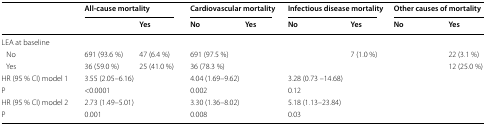
<table><thead><tr><td rowspan="2">[EMPTY_CELL]</td><td colspan="2"><b>All-cause mortality</b></td><td colspan="2"><b>Cardiovascular mortality</b></td><td colspan="2"><b>Infectious disease mortality</b></td><td colspan="2"><b>Other causes of mortality</b></td></tr><tr><td>[EMPTY_CELL]</td><td><b>Yes</b></td><td><b>No</b></td><td><b>Yes</b></td><td><b>No</b></td><td><b>Yes</b></td><td><b>No</b></td><td><b>Yes</b></td></tr></thead><tbody><tr><td colspan="9">LEA at baseline</td></tr><tr><td> No</td><td>691 (93.6 %)</td><td>47 (6.4 %)</td><td>691 (97.5 %)</td><td>[EMPTY_CELL]</td><td>[EMPTY_CELL]</td><td>7 (1.0 %)</td><td>[EMPTY_CELL]</td><td>22 (3.1 %)</td></tr><tr><td> Yes</td><td>36 (59.0 %)</td><td>25 (41.0 %)</td><td>36 (78.3 %)</td><td>[EMPTY_CELL]</td><td>[EMPTY_CELL]</td><td>[EMPTY_CELL]</td><td>[EMPTY_CELL]</td><td>12 (25.0 %)</td></tr><tr><td>HR (95 % CI) model 1</td><td colspan="2">3.55 (2.05–6.16)</td><td colspan="2">4.04 (1.69–9.62)</td><td colspan="2">3.28 (0.73 –14.68)</td><td colspan="2">[EMPTY_CELL]</td></tr><tr><td>P</td><td colspan="2">&lt;0.0001</td><td colspan="2">0.002</td><td colspan="2">0.12</td><td colspan="2">[EMPTY_CELL]</td></tr><tr><td>HR (95 % CI) model 2</td><td colspan="2">2.73 (1.49–5.01)</td><td colspan="2">3.30 (1.36–8.02)</td><td colspan="2">5.18 (1.13–23.84)</td><td colspan="2">[EMPTY_CELL]</td></tr><tr><td>P</td><td colspan="2">0.001</td><td colspan="2">0.008</td><td colspan="2">0.03</td><td colspan="2">[EMPTY_CELL]</td></tr></tbody></table>